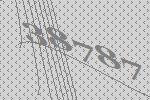
38787